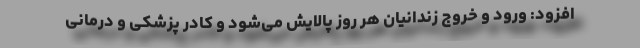
افزود: ورود و خروج زندانیان هر روز پالایش می‌شود و کادر پزشکی و درمانی